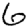
Digit: 6